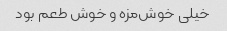
خیلی خوش‌مزه و خوش طعم بود